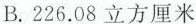
B.226.08立方厘米